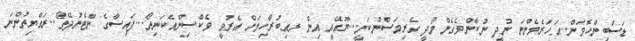
ޑަސްބިންހޮވަން...އަހަރެމެންނަ ނުދީ ނުކާންވެގެން މޯދީ ގެރިމަސްނުކަނީ...ޔޫއޭއީ އިން ރއިބުރާހިމަށް އެރުވީ ވެކްސިންއެކަނިތޯ...ފައިސާގެ ނޫޓެނުދޭތޯ..ރައްޔިތުންނަ